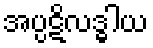
အပ္ပဋိလဒ္ဓါယ